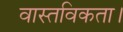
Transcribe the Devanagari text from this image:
वास्तविकता।